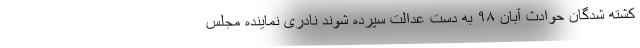
کشته شدگان حوادث آبان ۹۸ به دست عدالت سپرده شوند نادری نماینده مجلس